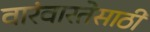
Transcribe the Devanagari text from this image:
वारंवारतेसाठी